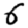
Digit: 6